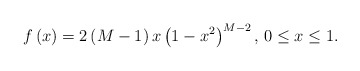
\begin{align*}f\left( x \right) = 2\left( M -1 \right) x \left(1-x^2\right)^{M-2}, & \,\, 0\leq x \leq 1.\end{align*}